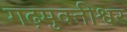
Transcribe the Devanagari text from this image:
गढ़मुक्तीश्वर